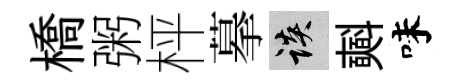
橋粥枰摹談𣂏味